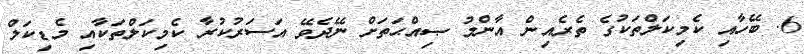
6. ބޭހާއި ކެމިކަލްތަކުގެ ތެރެއިން އާންމު ޞިއްޙަތަށް ނޭދެވޭ އަސަރުކުރާ ކެމިކަލްތަކާއި މެޑިކަލް